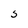
Character: S